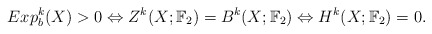
\begin{align*}Exp_b^k(X) > 0 \Leftrightarrow Z^k(X;\mathbb{F}_2) = B^k(X;\mathbb{F}_2) \Leftrightarrow H^k(X;\mathbb{F}_2) = 0.\end{align*}